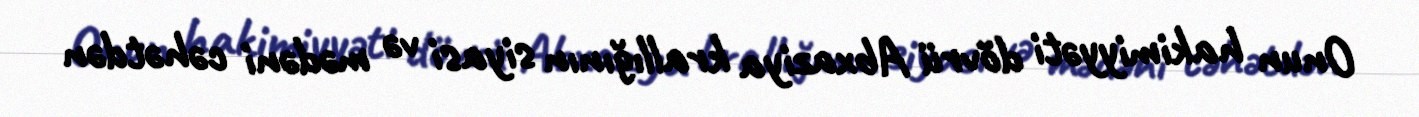
Onun hakimiyyəti dövrü Abxaziya krallığının siyasi və mədəni cəhətdən